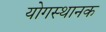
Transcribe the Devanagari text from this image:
योगस्थानक